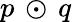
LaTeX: p\, \odot\, q